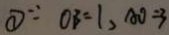
\textcircled { 1 } \because O B = 1 , A O = 3